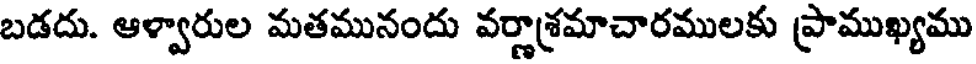
బడదు. ఆళ్వారుల మతమునందు వర్ణాశ్రమాచారములకు ప్రాముఖ్యము